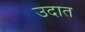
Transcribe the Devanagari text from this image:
उदात